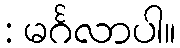
: မင်္ဂလာပါ။